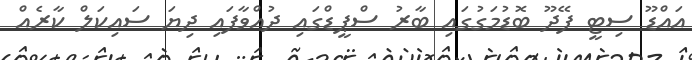
އައްޑޫ ސިޓީ ފޭދޫ ބޮޑުމަގުގައި ބާރު ސްޕީޑްގައި ދުއްވާފައި ދިޔަ ސައިކަލް ކާރެއް